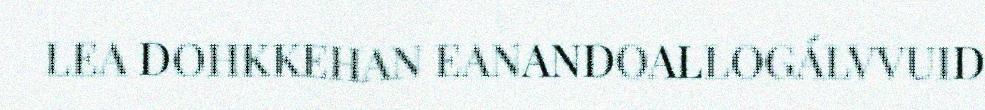
LEA DOHKKEHAN EANANDOALLOGÁLVVUID